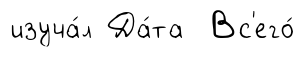
изуча́л Да́та Вс'его́